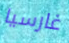
غارسيا